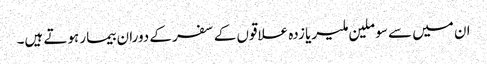
ان میں سے سو ملین ملیریا زدہ علاقوں کے سفر کے دوران بیمار ہوتے ہیں۔